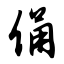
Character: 俑